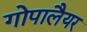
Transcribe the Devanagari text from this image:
गोपालैयर